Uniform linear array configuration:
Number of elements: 4
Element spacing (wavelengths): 0.5
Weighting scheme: blackman
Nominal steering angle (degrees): -60
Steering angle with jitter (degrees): -58.259
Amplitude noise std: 0.05
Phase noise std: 0.05

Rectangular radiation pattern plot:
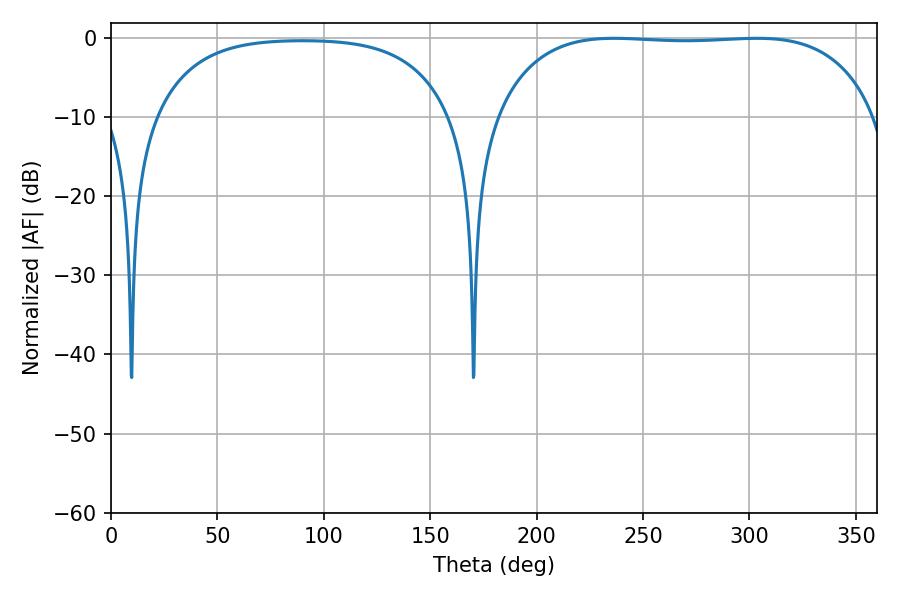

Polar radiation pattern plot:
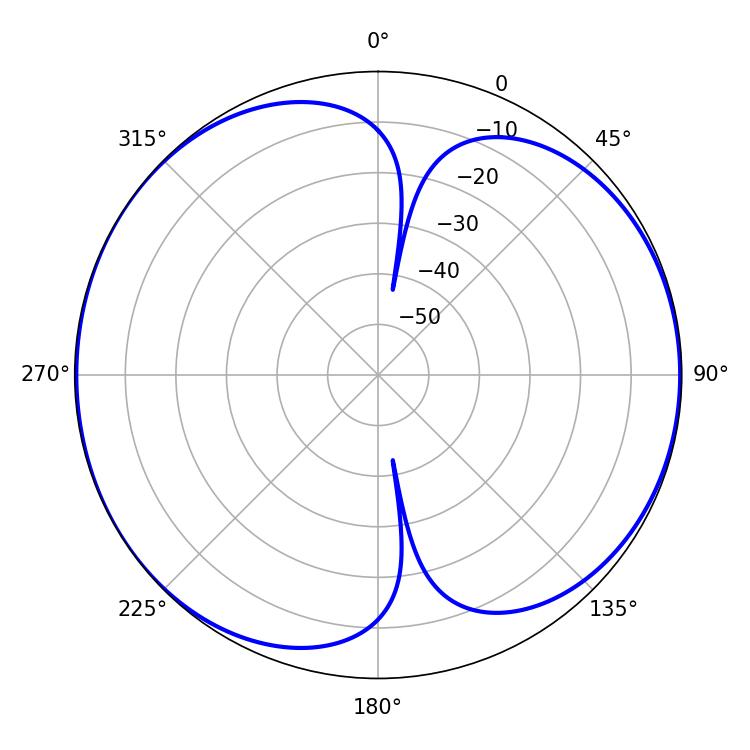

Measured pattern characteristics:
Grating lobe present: FALSE
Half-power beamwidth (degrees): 141.12
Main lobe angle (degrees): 236.34